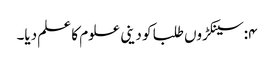
۴:سینکڑوں طلبا کو دینی علوم کا علم دیا۔